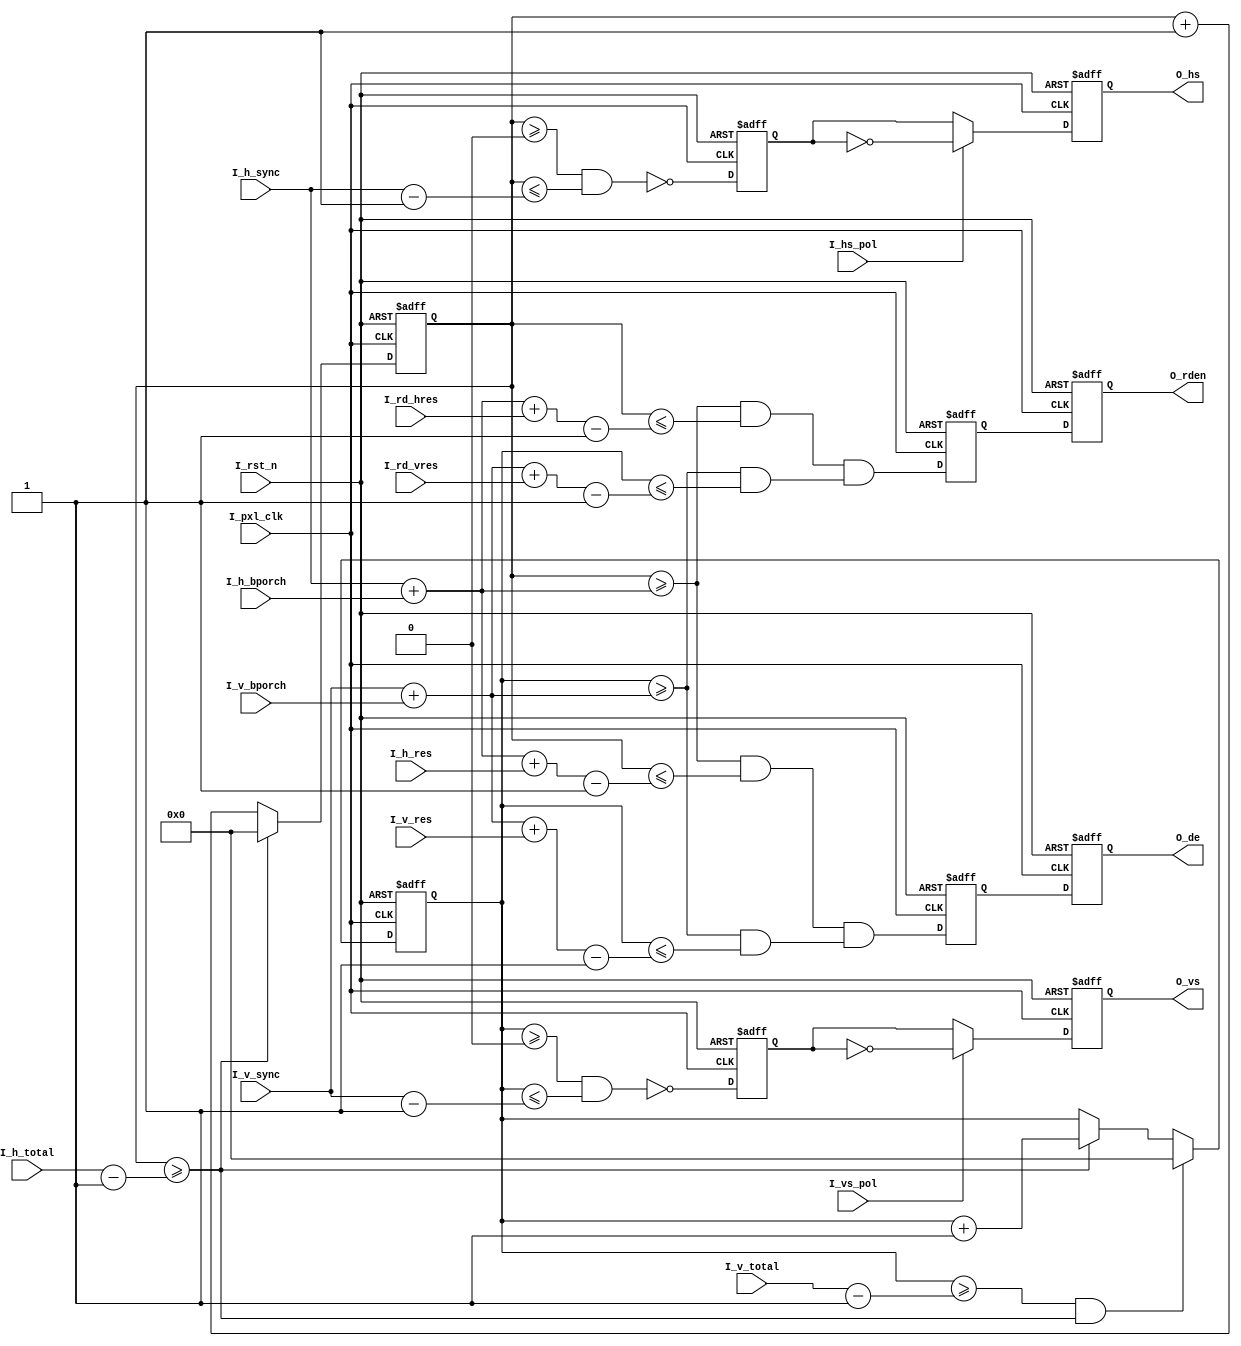
// ---------------------------------------------------------------------
// Module name       : syn_gen
// Module Description: 
// ---------------------------------------------------------------------
// Release history
// VERSION |   Date      | AUTHOR  |    DESCRIPTION
// --------------------------------------------------------------------
//   1.0   | 16-Jul-2019 | Caojie  |    initial
// --------------------------------------------------------------------

module syn_gen
(
    input              I_pxl_clk   ,//pixel clock
    input              I_rst_n     ,//low active 
    input      [15:0]  I_h_total   ,//hor total time 
    input      [15:0]  I_h_sync    ,//hor sync time
    input      [15:0]  I_h_bporch  ,//hor back porch
    input      [15:0]  I_h_res     ,//hor resolution
    input      [15:0]  I_v_total   ,//ver total time 
    input      [15:0]  I_v_sync    ,//ver sync time  
    input      [15:0]  I_v_bporch  ,//ver back porch  
    input      [15:0]  I_v_res     ,//ver resolution 
    input      [15:0]  I_rd_hres   ,
    input      [15:0]  I_rd_vres   ,
    input              I_hs_pol    ,//HS polarity , 0:1
    input              I_vs_pol    ,//VS polarity , 0:1
    output reg         O_rden      ,
    output reg         O_de        ,   
    output reg         O_hs        ,
    output reg         O_vs         
);
  
//====================================================
reg  [15:0]   V_cnt     ;
reg  [15:0]   H_cnt     ;

//-----------------------------------------              
wire          Pout_de_w    ;                          
wire          Pout_hs_w    ;
wire          Pout_vs_w    ;

reg           Pout_de_dn   ;                          
reg           Pout_hs_dn   ;
reg           Pout_vs_dn   ;

//-----------------------------------------
wire          Rden_w    ;

reg           Rden_dn   ; 

//==============================================================================
//Generate HS, VS, DE signals
always@(posedge I_pxl_clk or negedge I_rst_n)
begin
	if(!I_rst_n)
		V_cnt <= 16'd0;
	else     
		begin
			if((V_cnt >= (I_v_total-1'b1)) && (H_cnt >= (I_h_total-1'b1)))
				V_cnt <= 16'd0;
			else if(H_cnt >= (I_h_total-1'b1))
				V_cnt <=  V_cnt + 1'b1;
			else
				V_cnt <= V_cnt;
		end
end

//-------------------------------------------------------------    
always @(posedge I_pxl_clk or negedge I_rst_n)
begin
	if(!I_rst_n)
		H_cnt <=  16'd0; 
	else if(H_cnt >= (I_h_total-1'b1))
		H_cnt <=  16'd0 ; 
	else 
		H_cnt <=  H_cnt + 1'b1 ;           
end

//-------------------------------------------------------------
assign  Pout_de_w = ((H_cnt>=(I_h_sync+I_h_bporch))&(H_cnt<=(I_h_sync+I_h_bporch+I_h_res-1'b1)))&
                    ((V_cnt>=(I_v_sync+I_v_bporch))&(V_cnt<=(I_v_sync+I_v_bporch+I_v_res-1'b1))) ;
assign  Pout_hs_w =  ~((H_cnt>=16'd0) & (H_cnt<=(I_h_sync-1'b1))) ;
assign  Pout_vs_w =  ~((V_cnt>=16'd0) & (V_cnt<=(I_v_sync-1'b1))) ;  

//==============================================================================
assign  Rden_w    = ((H_cnt>=(I_h_sync+I_h_bporch))&(H_cnt<=(I_h_sync+I_h_bporch+I_rd_hres-1'b1)))&
                    ((V_cnt>=(I_v_sync+I_v_bporch))&(V_cnt<=(I_v_sync+I_v_bporch+I_rd_vres-1'b1))); 

//-------------------------------------------------------------
always@(posedge I_pxl_clk or negedge I_rst_n)
begin
	if(!I_rst_n)
		begin
			Pout_de_dn  <= 1'b0;                          
			Pout_hs_dn  <= 1'b1;
			Pout_vs_dn  <= 1'b1; 
			Rden_dn     <= 1'b0; 
		end
	else 
		begin
			Pout_de_dn  <= Pout_de_w;                          
			Pout_hs_dn  <= Pout_hs_w;
			Pout_vs_dn  <= Pout_vs_w;
			Rden_dn     <= Rden_w   ; 
		end
end

always@(posedge I_pxl_clk or negedge I_rst_n)
begin
	if(!I_rst_n)
		begin 
			O_de  <= 1'b0;                       
			O_hs  <= 1'b1;
			O_vs  <= 1'b1;
			O_rden<= 1'b0; 
		end
	else 
		begin   
			O_de  <= Pout_de_dn;                      
			O_hs  <= I_hs_pol ? ~Pout_hs_dn : Pout_hs_dn ;
			O_vs  <= I_vs_pol ? ~Pout_vs_dn : Pout_vs_dn ;
			O_rden<= Rden_dn;
		end
end

endmodule